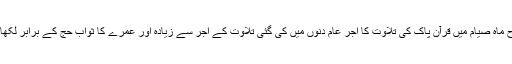
اسی طرح ماہ صیام میں قرآن پاک کی تلاوت کا اجر عام دنوں میں کی گئی تلاوت کے اجر سے زیادہ اور عمرے کا ثواب حج کے برابر لکھا جاتاہے۔